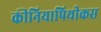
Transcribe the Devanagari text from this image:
कीनियापिथीकस